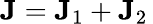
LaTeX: \mathbf{J}=\mathbf{J}_{1}+\mathbf{J}_{2}\,